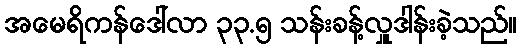
အမေရိကန်ဒေါ်လာ ၃၃.၅ သန်းခန့်လှူဒါန်းခဲ့သည်။